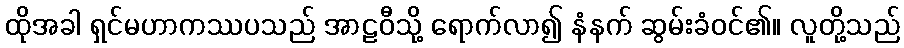
ထိုအခါ ရှင်မဟာကဿပသည် အာဠဝီသို့ ရောက်လာ၍ နံနက် ဆွမ်းခံဝင်၏။ လူတို့သည်